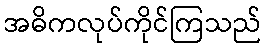
အဓိကလုပ်ကိုင်ကြသည်